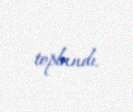
toplandı.